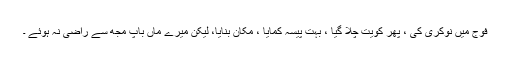
فوج میں نوکری کی ، پھر کویت چلا گیا ، بہت پیسہ کمایا ، مکان بنایا، لیکن میرے ماں باپ مجھ سے راضی نہ ہوئے ۔